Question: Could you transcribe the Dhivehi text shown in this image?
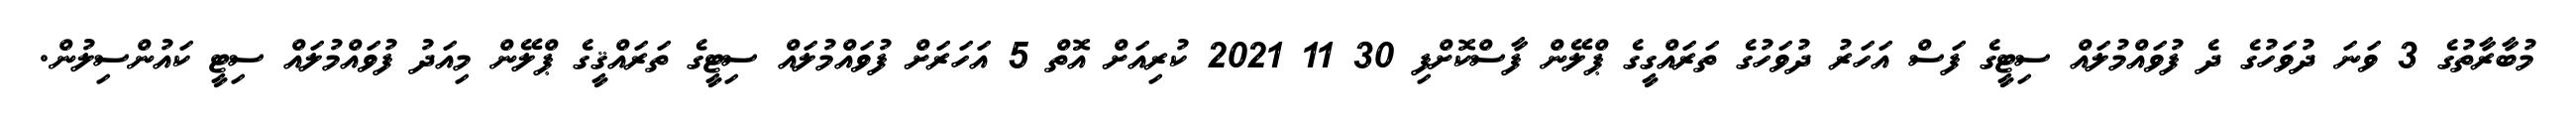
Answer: މުބާރާތުގެ 3 ވަނަ ދުވަހުގެ ދެ ފުވައްމުލައް ސިޓީގެ ފަސް އަހަރު ދުވަހުގެ ތަރައްގީގެ ޕްލޭން ފާސްކޮށްފި 30 11 2021 ކުރިއަށް އޮތް 5 އަހަރަށް ފުވައްމުލައް ސިޓީގެ ތަރައްޤީގެ ޕްލޭން މިއަދު ފުވައްމުލައް ސިޓީ ކައުންސިލުން.